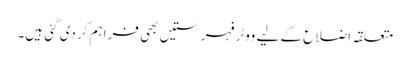
متعلقہ اضلاع کے لیے ووٹر فہرستیں بھی فراہم کر دی گئی ہیں۔